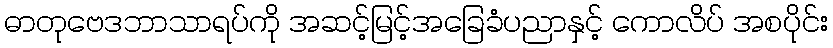
ဓာတုဗေဒဘာသာရပ်ကို အဆင့်မြင့်အခြေခံပညာနှင့် ကောလိပ် အစပိုင်း